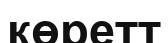
көретт